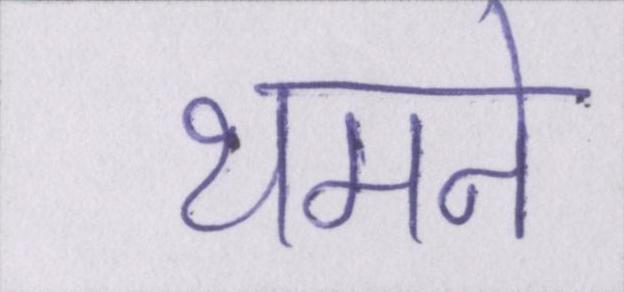
थमने